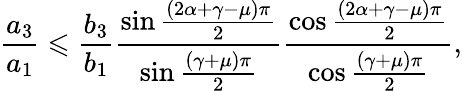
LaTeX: \frac{a_{3}}{a_{1}}\leqslant\frac{b_{3}}{b_{1}}\frac{\sin\frac{\left(2\alpha+\gamma-\mu\right)\pi}{2}}{\sin\frac{\left(\gamma+\mu\right)\pi}{2}}\frac{\cos\frac{\left(2\alpha+\gamma-\mu\right)\pi}{2}}{\cos\frac{\left(\gamma+\mu\right)\pi}{2}},